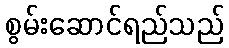
စွမ်းဆောင်ရည်သည်